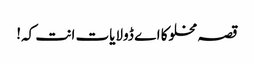
قصہ مخلوکا اے ڈولایات انت کہ!